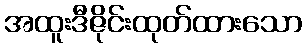
အထူးဒီဇိုင်းထုတ်ထားသော